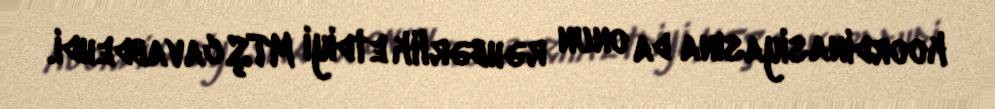
koordinasiyasına da onun rəhbərlik etdiyi MTŞ cavabdehdi.